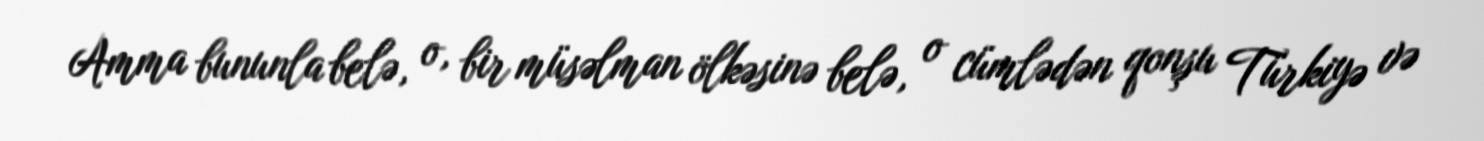
Amma bununla belə, o, bir müsəlman ölkəsinə belə, o cümlədən qonşu Türkiyə və